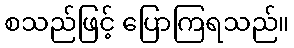
စသည်ဖြင့် ပြောကြရသည်။